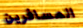
المسافرين